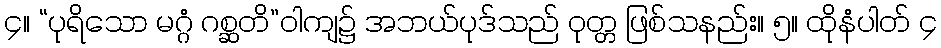
၄။ “ပုရိသော မဂ္ဂံ ဂစ္ဆတိ”ဝါကျ၌ အဘယ်ပုဒ်သည် ဝုတ္တ ဖြစ်သနည်း။ ၅။ ထိုနံပါတ် ၄